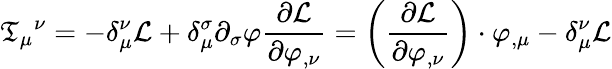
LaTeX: \mathfrak{T}_{\mu}{}^{\nu}=-\delta_{\mu}^{\nu}{\mathcal{{L}}}+\delta_{\mu}^{\sigma}\partial_{\sigma}\varphi{\frac{{\partial{\mathcal{{L}}}}}{{\partial\varphi_{,\nu}}}}=\left({\frac{{\partial{\mathcal{{L}}}}}{{\partial\varphi_{,\nu}}}}\right)\cdot\varphi_{,\mu}-\delta_{\mu}^{\nu}{\mathcal{{L}}}